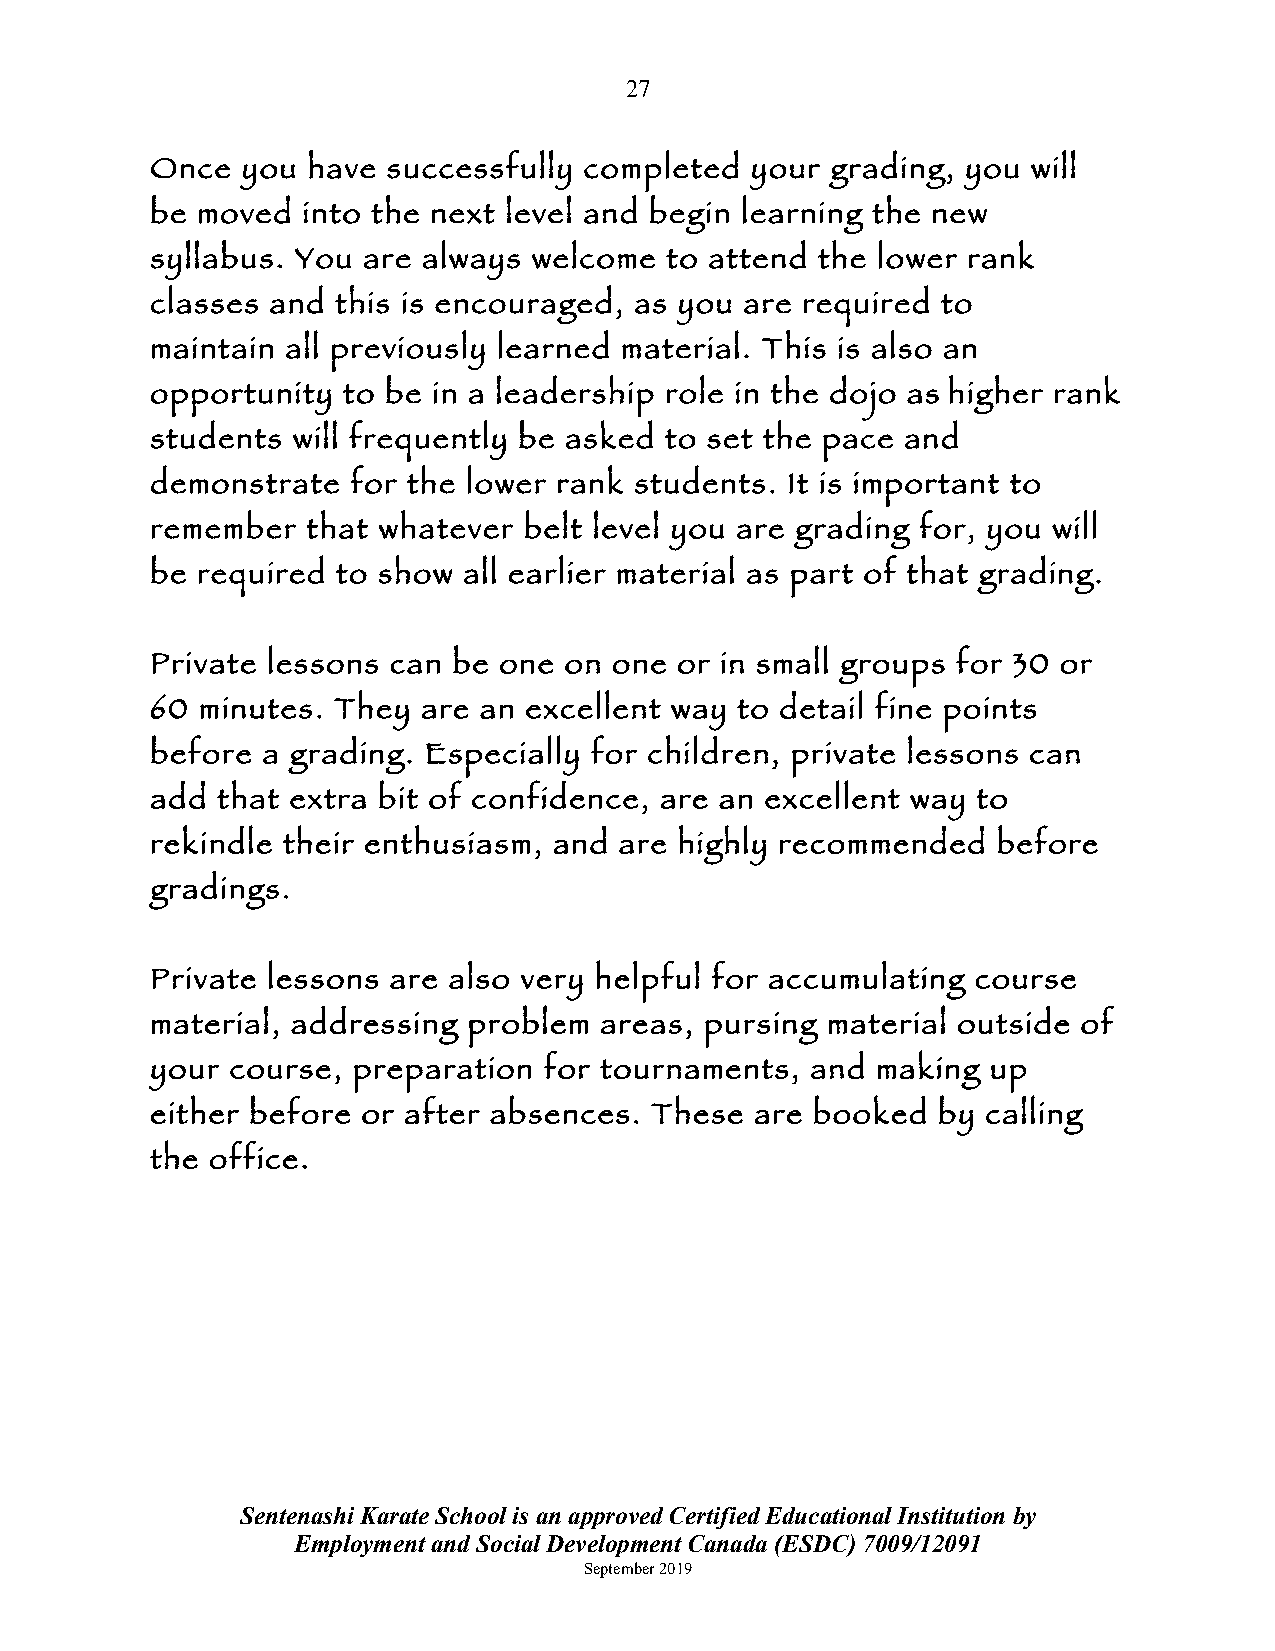
27
 Once  you have  successfully completed  your grading, you will
 be moved  into the next level and begin learning the new
 syllabus. You are always welcome  to attend the lower rank
 classes and this is encouraged, as you are required to
 maintain all previously learned material. This is also an
 opportunity  to be in a leadership role in the dojo as higher rank
 students will frequently be asked to set the pace and
 demonstrate  for the lower rank students. It is important to
 remember  that whatever  belt level you are grading for, you will
 be required to show  all earlier material as part of that grading.
 Private lessons can be one on  one or in small groups for 30 or
 60 minutes. They  are an excellent way to detail fine points
 before a grading. Especially for children, private lessons can
 add that extra bit of confidence, are an excellent way to
 rekindle their enthusiasm, and are highly recommended   before
 gradings.
 Private lessons are also very helpful for accumulating course
 material, addressing problem  areas, pursing material outside of
 your course, preparation  for tournaments,  and making  up
 either before or after absences. These  are booked  by calling
 the office.
 Sentenashi Karate School is an approved Certified Educational Institution by
 Employment and Social Development Canada (ESDC) 7009/12091
 September 2019